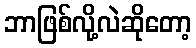
ဘာဖြစ်လို့လဲဆိုတော့